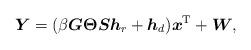
LaTeX: \begin{align*} \boldsymbol{Y} = (\beta\boldsymbol{G} \boldsymbol{\Theta}\boldsymbol{S}\boldsymbol{h}_r + \boldsymbol{h}_d )\boldsymbol{x}^{\rm T} + \boldsymbol{W},\end{align*}